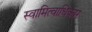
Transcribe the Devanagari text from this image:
स्वामित्वाधिकार